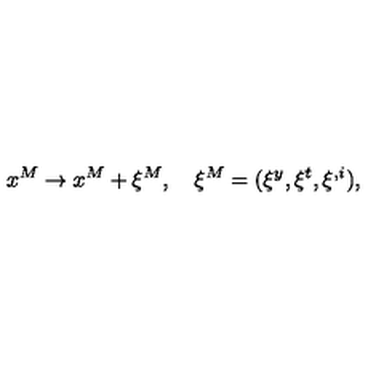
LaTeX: x ^ { M } \to x ^ { M } + \xi ^ { M } , \quad \xi ^ { M } = ( \xi ^ { y } , \xi ^ { t } , \xi ^ { , i } ) ,